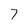
Character: 7